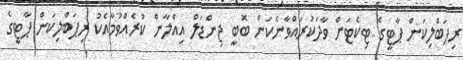
ރިޕަބްލިކަން ޕާޓީގެ ޓިކެޓަށް ވާދަކުރައްވާނެކަން ބޮބީ ޖިންޑަލް އިއްލާން ކުރެއްވުމާއެކު ރިޕަބްލިކަން ޕާޓީގެ